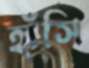
হাঁসি